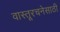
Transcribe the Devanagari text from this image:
वास्तूरचनेसाठी